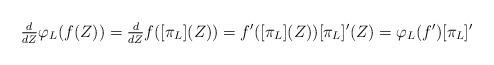
LaTeX: \begin{align*} \tfrac{d}{dZ} \varphi_L(f(Z)) = \tfrac{d}{dZ}f([\pi_L](Z)) = f'([\pi_L](Z)) [\pi_L]'(Z) = \varphi_L(f') [\pi_L]'\end{align*}